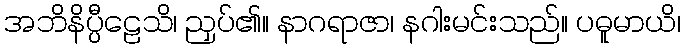
အဘိနိပ္ပီဠေသိ၊ ညှပ်၏။ နာဂရာဇာ၊ နဂါးမင်းသည်။ ပဓူမာယိ၊